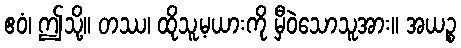
ဧဝံ၊ ဤသို့။ တဿ၊ ထိုသူ့မယားကို မှီဝဲသောသူအား။ အယဉ္စ